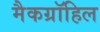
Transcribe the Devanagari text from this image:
मैकग्रॉहिल